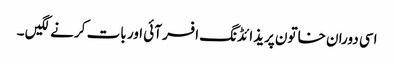
اسی دوران خاتون پریذائڈنگ افسر آئی اور بات کرنے لگیں ۔